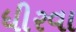
ધીરવા